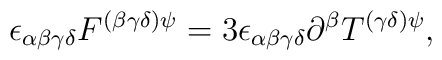
\epsilon _{\alpha \beta \gamma \delta }F^{(\beta \gamma \delta )\psi}=3\epsilon _{\alpha \beta \gamma \delta }\partial ^{\beta }T^{(\gamma\delta )\psi },